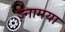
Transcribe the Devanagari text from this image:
ज़्नामया